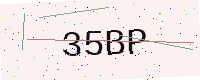
Text: 35BP